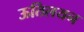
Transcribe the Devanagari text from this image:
ऊतिलयन